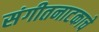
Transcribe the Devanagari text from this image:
संगीतनाटकाचे